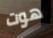
هوت